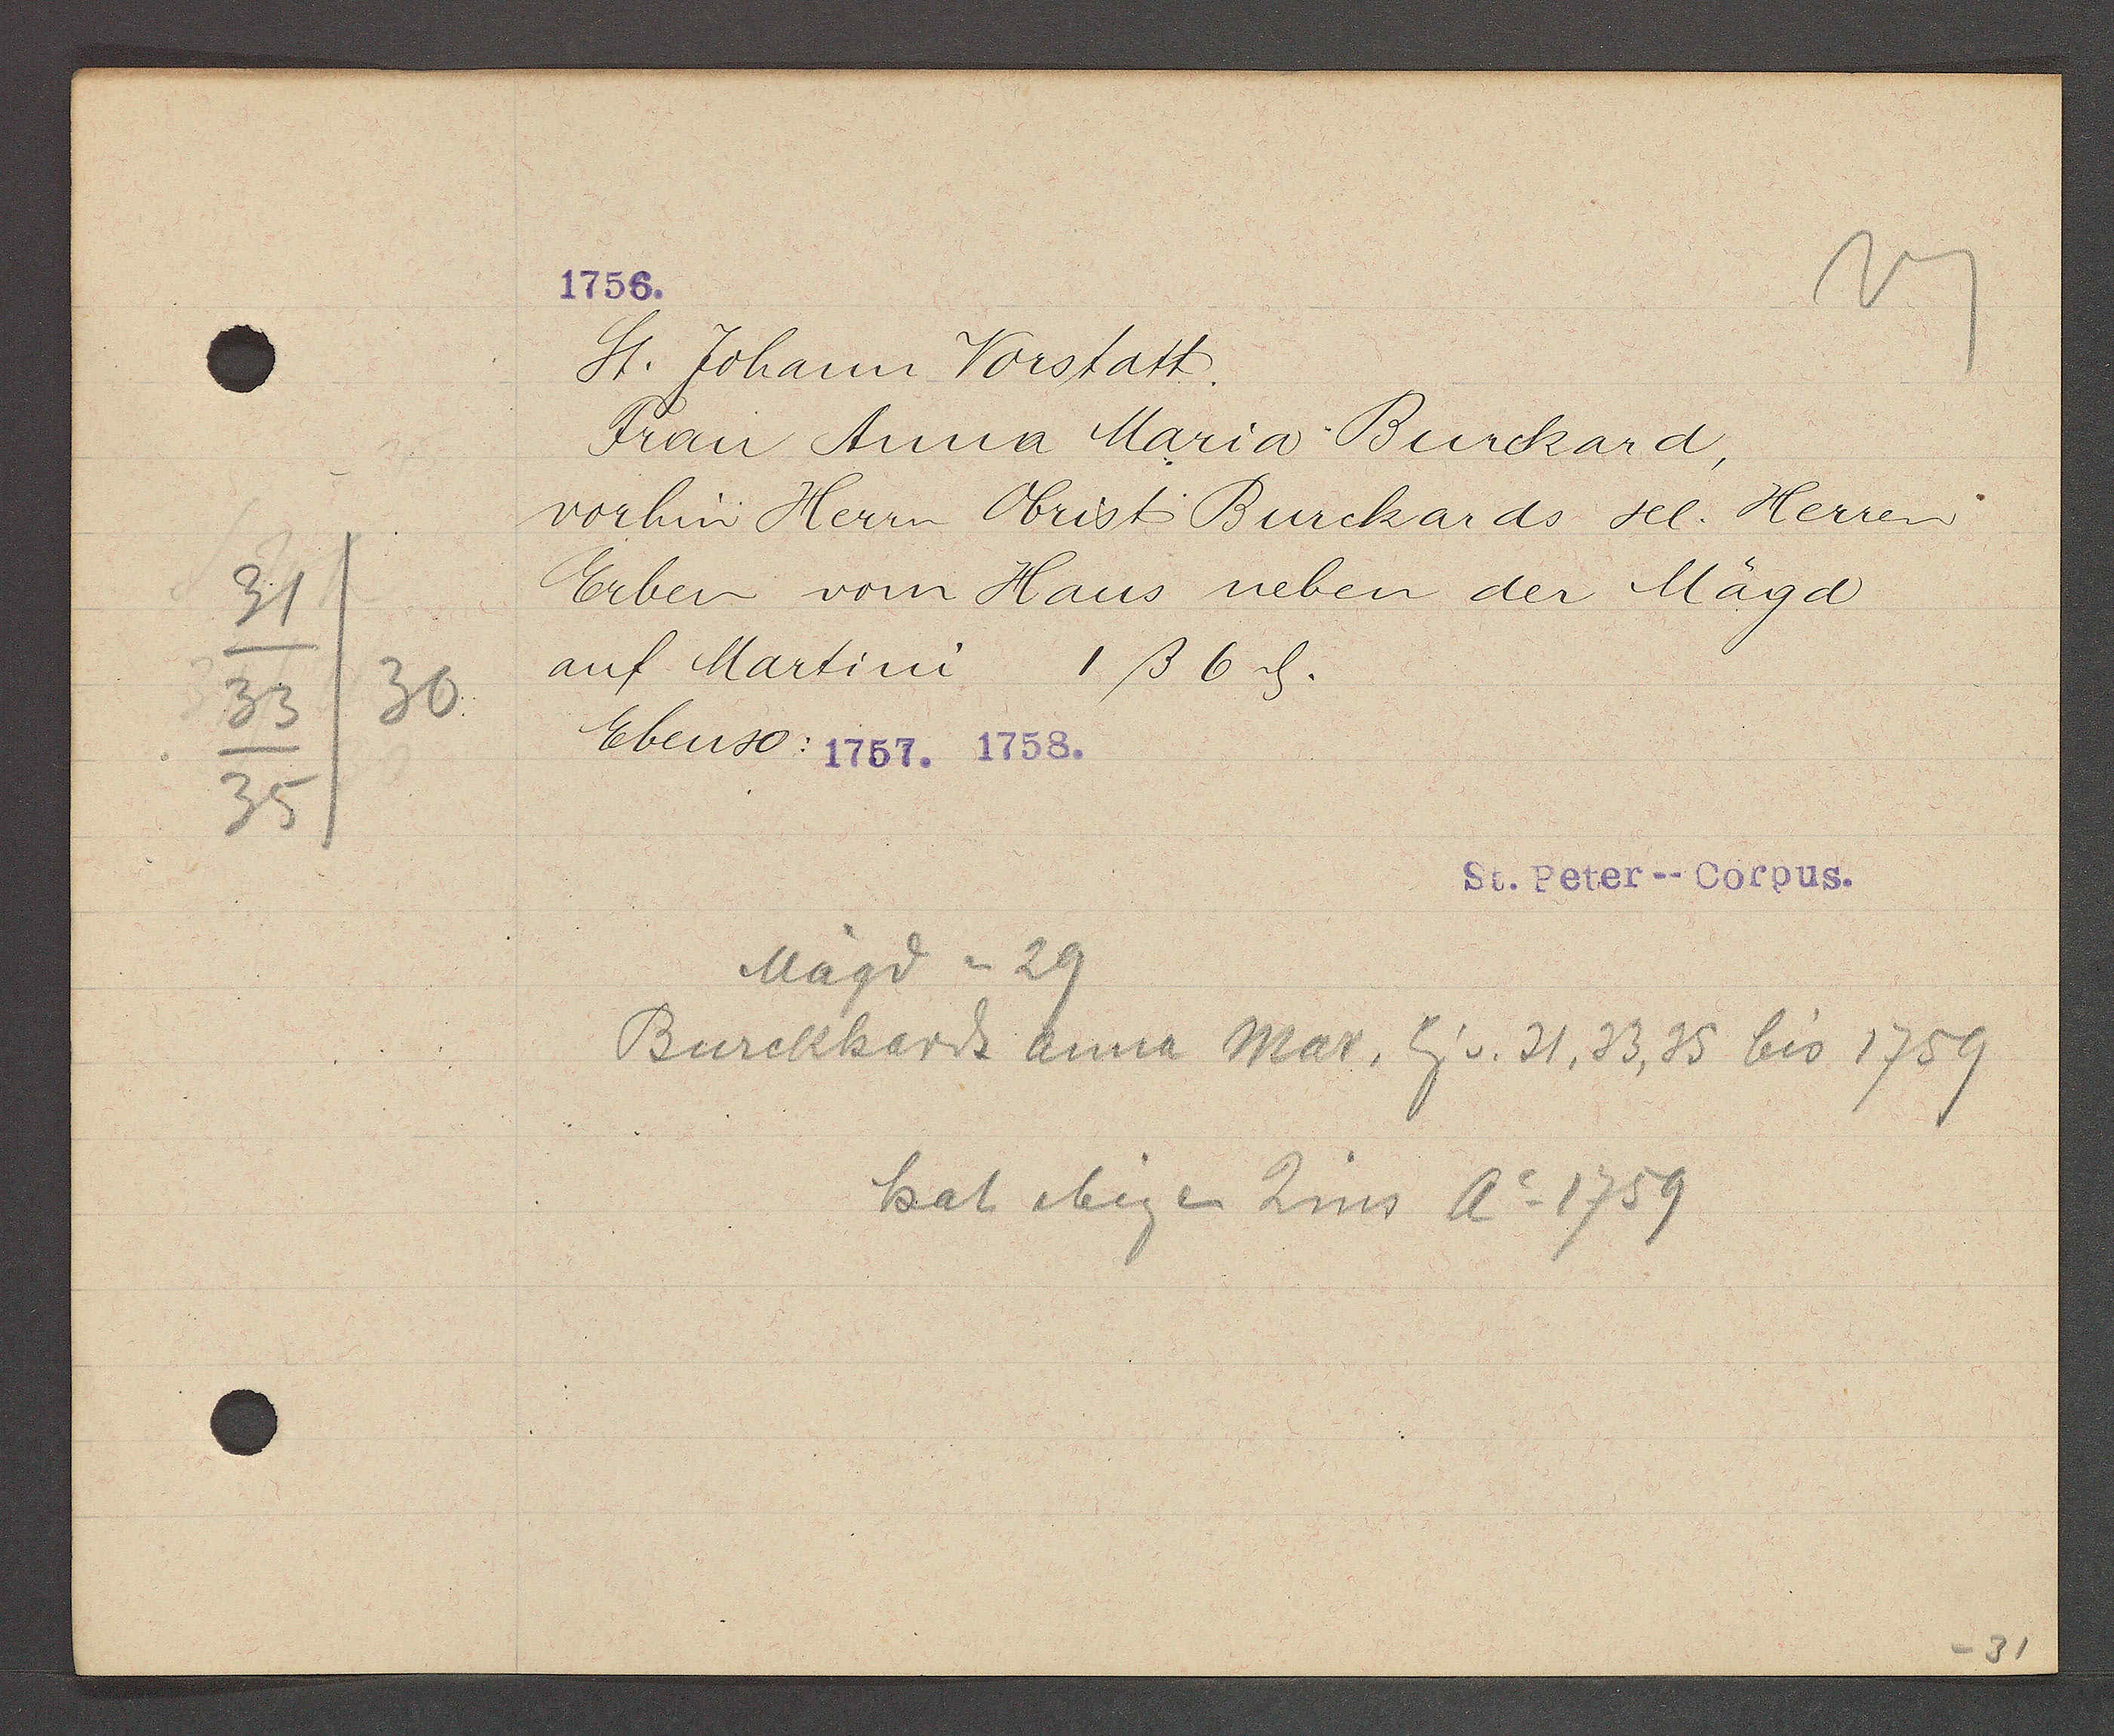
Transcript:
31
33/30
35

1756.

St. Johann Vorstatt.
Frau Anna Maria Burkard,
vorhin Herrn Obrist Burckards sel. Herren
Erben vom Haus neben der Mägd
auf Martini 1ß 6ȡ.
Ebenso: 1757. 1758.

St. Peter--Corpus.

Burckhard Anna Mar, Eig v. 21, 33, 35 bis 1759
Mägd = 29
hat obigen Zins Ao 1759